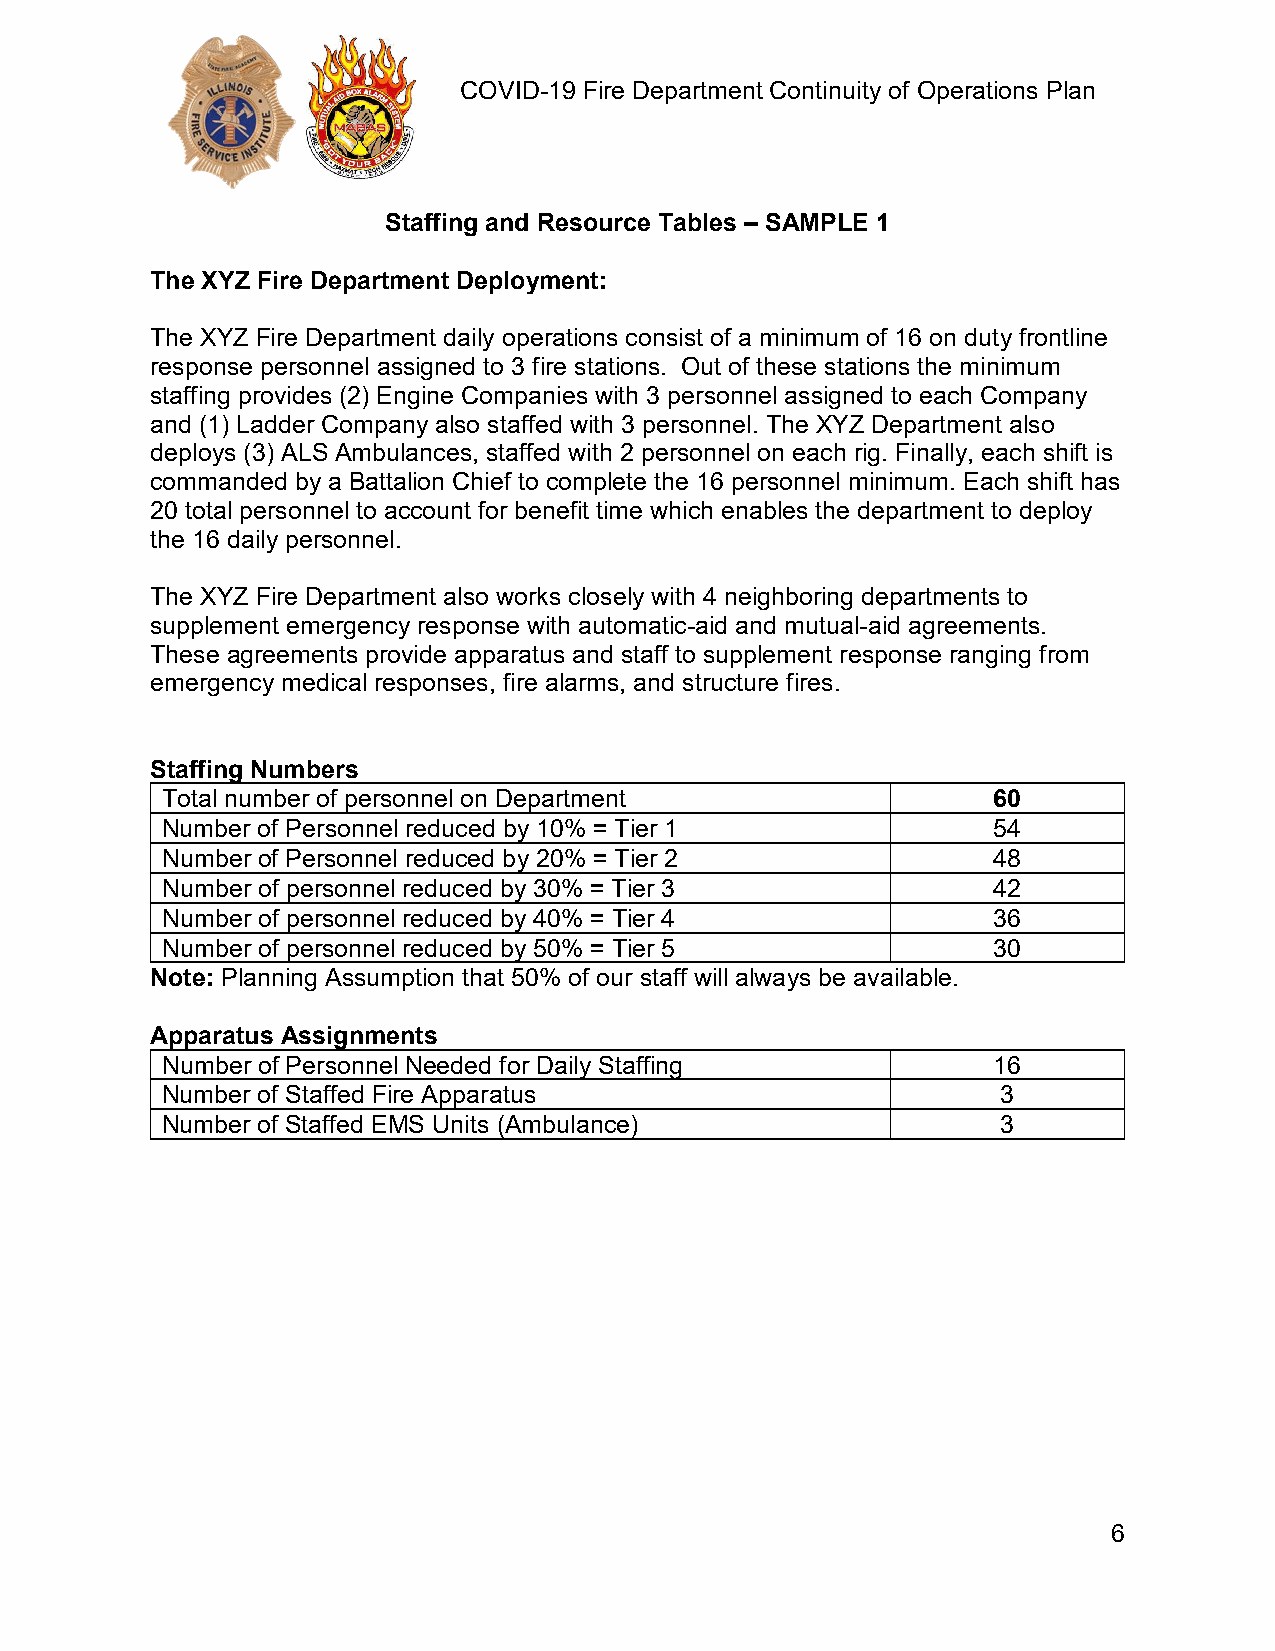
COVID-19 Fire Department Continuity of Operations Plan
 Staffing and Resource Tables – SAMPLE 1
 The XYZ Fire Department Deployment:
 The XYZ Fire Department daily operations consist of a minimum of 16 on duty frontline
 response personnel assigned to 3 fire stations. Out of these stations the minimum
 staffing provides (2) Engine Companies with 3 personnel assigned to each Company
 and (1) Ladder Company also staffed with 3 personnel. The XYZ Department also
 deploys (3) ALS Ambulances, staffed with 2 personnel on each rig. Finally, each shift is
 commanded by a Battalion Chief to complete the 16 personnel minimum. Each shift has
 20 total personnel to account for benefit time which enables the department to deploy
 the 16 daily personnel.
 The XYZ Fire Department also works closely with 4 neighboring departments to
 supplement emergency response with automatic-aid and mutual-aid agreements.
 These agreements provide apparatus and staff to supplement response ranging from
 emergency medical responses, fire alarms, and structure fires.
 Staffing Numbers
 Total number of personnel on Department                60
 Number of Personnel reduced by 10% = Tier 1            54
 Number of Personnel reduced by 20% = Tier 2            48
 Number of personnel reduced by 30% = Tier 3            42
 Number of personnel reduced by 40% = Tier 4            36
 Number of personnel reduced by 50% = Tier 5            30
 Note: Planning Assumption that 50% of our staff will always be available.
 Apparatus Assignments
 Number of Personnel Needed for Daily Staffing          16
 Number of Staffed Fire Apparatus                       3
 Number of Staffed EMS Units (Ambulance)                3
 6